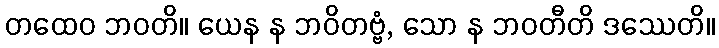
တထေဝ ဘဝတိ။ ယေန န ဘဝိတဗ္ဗံ, သော န ဘဝတီတိ ဒဿေတိ။